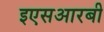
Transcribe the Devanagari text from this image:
इएसआरबी